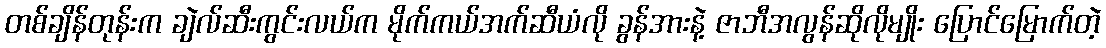
တစ်ချိန်တုန်းက ချဲလ်ဆီးကွင်းလယ်က မိုက်ကယ်အက်ဆီယံလို ခွန်အားနဲ့ ဇာဘီအလွန်ဆိုလိုမျိုး ပြောင်မြောက်တဲ့